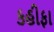
કહીફા